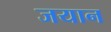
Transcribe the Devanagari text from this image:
जयान